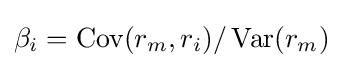
\beta _{i}=\operatorname {Cov} (r_{m},r_{i})/\operatorname {Var} (r_{m})